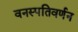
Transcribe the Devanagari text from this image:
वनस्पतिवर्णन